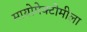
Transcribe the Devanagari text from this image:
मायोमेक्टोमीला